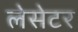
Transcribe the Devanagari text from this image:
लेसेटर